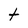
Character: t